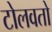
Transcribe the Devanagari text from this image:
टोलवतो